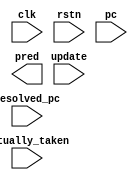
// gshare.v

/* The Gshare predictor consists of the global branch history register (BHR)
 * and a pattern history table (PHT). Note that PC[1:0] is not used for
 * indexing.
 */

module gshare #(
  parameter DATA_WIDTH = 32,
  parameter COUNTER_WIDTH = 2,
  parameter NUM_ENTRIES = 256
) (
  input clk,
  input rstn,

  // update interface
  input update,
  input actually_taken,
  input [DATA_WIDTH-1:0] resolved_pc,

  // access interface
  input [DATA_WIDTH-1:0] pc,

  output reg pred
);

  // TODO: Implement gshare branch predictor


endmodule